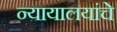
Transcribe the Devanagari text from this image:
न्यायालयांचे